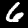
Digit: 6